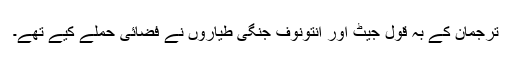
ترجمان کے بہ قول جیٹ اور انتونوف جنگی طیاروں نے فضائی حملے کیے تھے۔